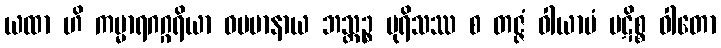
ယထာ ဟိ ကမ္မာရဂဂ္ဂရိယာ ဓမမာနာယ ဘသ္တဉ္စ ပုရိသဿ စ တဇ္ဇံ ဝါယာမံ ပဋိစ္စ ဝါတော